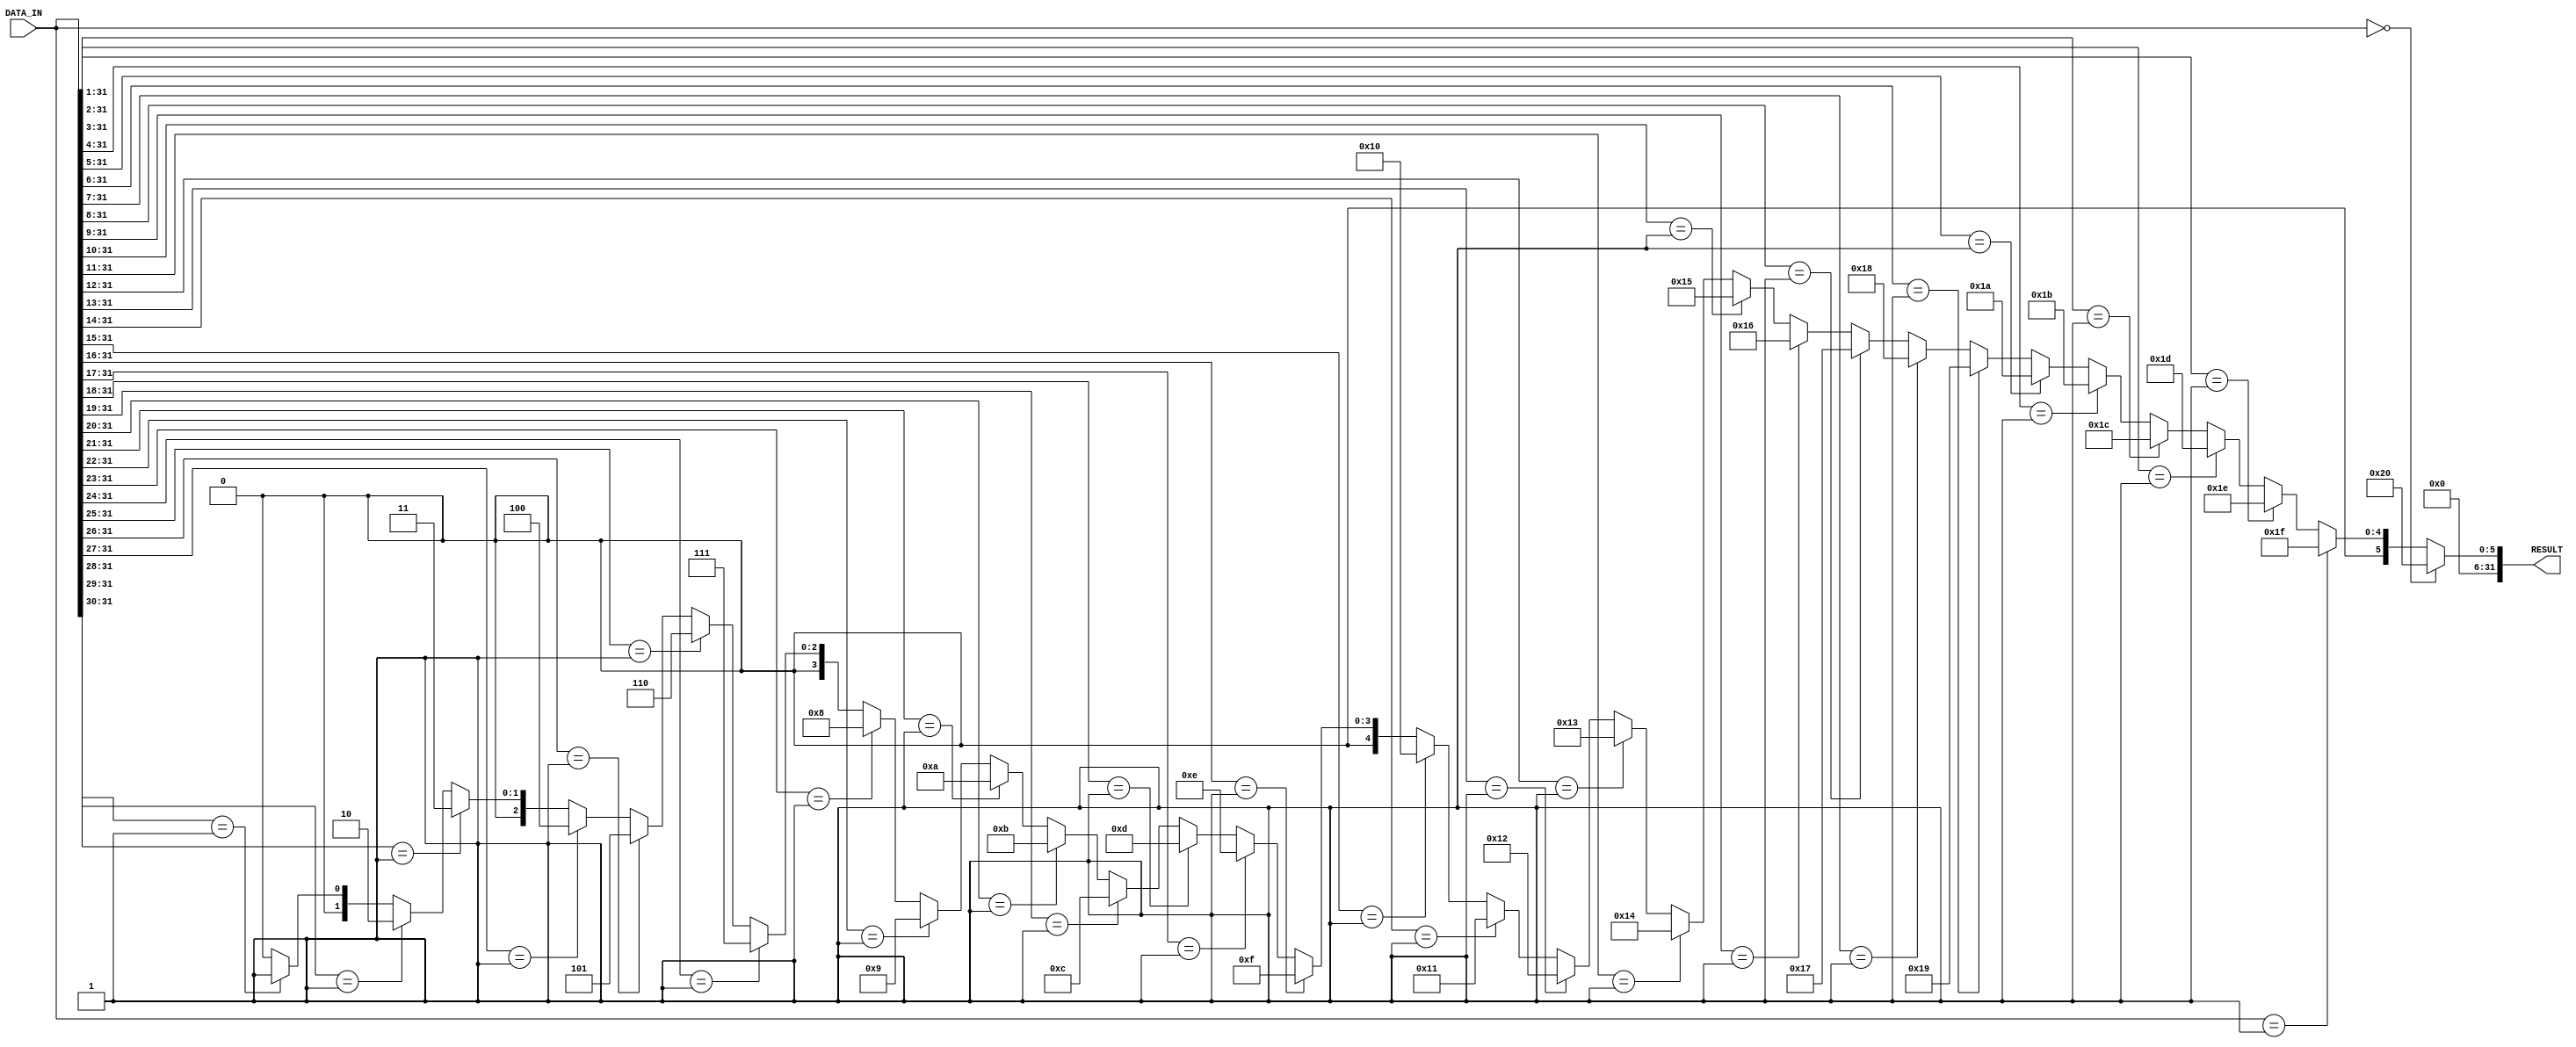
`timescale 1ns / 1ps
module CLZ
(
	DATA_IN,
    RESULT
);
    input [31:0]DATA_IN;
    
	output [31:0]RESULT;

    reg [31:0] RESULT;
    always @(*) begin
	 	if(DATA_IN[31:0] == 32'b0)       RESULT = 32'd32;
	 	else if(DATA_IN[31:0] == 32'b1)  RESULT = 32'd31;
	 	else if(DATA_IN[31:1] == 31'b1)  RESULT = 32'd30;
	 	else if(DATA_IN[31:2] == 30'b1)  RESULT = 32'd29;
	 	else if(DATA_IN[31:3] == 29'b1)  RESULT = 32'd28;
	 	else if(DATA_IN[31:4] == 28'b1)  RESULT = 32'd27;
	 	else if(DATA_IN[31:5] == 27'b1)  RESULT = 32'd26;
	 	else if(DATA_IN[31:6] == 26'b1)  RESULT = 32'd25;
	 	else if(DATA_IN[31:7] == 25'b1)  RESULT = 32'd24;
	 	else if(DATA_IN[31:8] == 24'b1)  RESULT = 32'd23;
	 	else if(DATA_IN[31:9] == 23'b1)  RESULT = 32'd22;
	 	else if(DATA_IN[31:10] == 22'b1) RESULT = 32'd21;
	 	else if(DATA_IN[31:11] == 21'b1) RESULT = 32'd20;
	 	else if(DATA_IN[31:12] == 20'b1) RESULT = 32'd19;
	 	else if(DATA_IN[31:13] == 19'b1) RESULT = 32'd18;
	 	else if(DATA_IN[31:14] == 18'b1) RESULT = 32'd17;
	 	else if(DATA_IN[31:15] == 17'b1) RESULT = 32'd16;
	 	else if(DATA_IN[31:16] == 16'b1) RESULT = 32'd15;
	 	else if(DATA_IN[31:17] == 15'b1) RESULT = 32'd14;
	 	else if(DATA_IN[31:18] == 14'b1) RESULT = 32'd13;
	 	else if(DATA_IN[31:19] == 13'b1) RESULT = 32'd12;
	 	else if(DATA_IN[31:20] == 12'b1) RESULT = 32'd11;
	 	else if(DATA_IN[31:21] == 11'b1) RESULT = 32'd10;
	 	else if(DATA_IN[31:22] == 10'b1) RESULT = 32'd9;
	 	else if(DATA_IN[31:23] == 9'b1)  RESULT = 32'd8;
	 	else if(DATA_IN[31:24] == 8'b1)  RESULT = 32'd7;
	 	else if(DATA_IN[31:25] == 7'b1)  RESULT = 32'd6;
	 	else if(DATA_IN[31:26] == 6'b1)  RESULT = 32'd5;
	 	else if(DATA_IN[31:27] == 5'b1)  RESULT = 32'd4;
	 	else if(DATA_IN[31:28] == 4'b1)  RESULT = 32'd3;
	 	else if(DATA_IN[31:29] == 3'b1)  RESULT = 32'd2;
	 	else if(DATA_IN[31:30] == 2'b1)  RESULT = 32'd1;
	 	else                             RESULT = 32'd0;
	end
endmodule